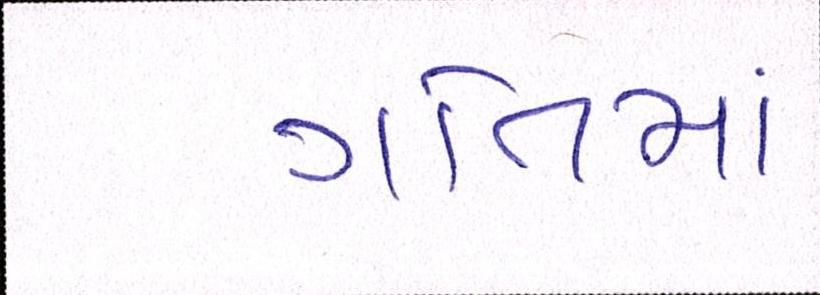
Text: ગતિમાં